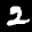
Label: 2